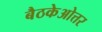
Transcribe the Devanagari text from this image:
बैठकेओत्तर